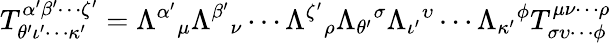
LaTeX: T_{\theta^{\prime}\iota^{\prime}\cdots\kappa^{\prime}}^{\alpha^{\prime}\beta^{\prime}\cdots\zeta^{\prime}}=\Lambda^{\alpha^{\prime}}{}_{\mu}\Lambda^{\beta^{\prime}}{}_{\nu}\cdots\Lambda^{\zeta^{\prime}}{}_{\rho}\Lambda_{\theta^{\prime}}{}^{\sigma}\Lambda_{\iota^{\prime}}{}^{\upsilon}\cdots\Lambda_{\kappa^{\prime}}{}^{\phi}T_{\sigma\upsilon\cdots\phi}^{\mu\nu\cdots\rho}